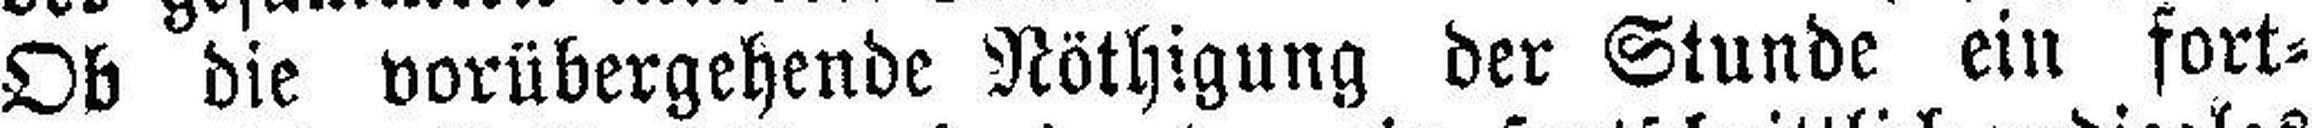
Ob die vorübergehende Nöthigung der Stunde ein fort¬